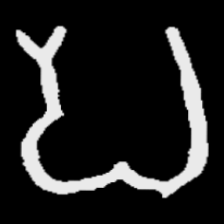
Pyu character \u2014 Myanmar letter: ပ (romanized: pa)